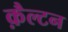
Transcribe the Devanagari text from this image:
क़ैल्टन